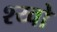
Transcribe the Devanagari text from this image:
श्य्वो